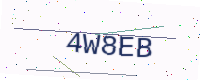
Text: 4W8EB